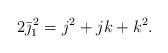
LaTeX: \begin{align*} 2 \bar \jmath_1^{\,2} = j^2 + jk + k^2.\end{align*}